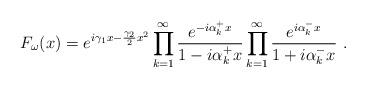
LaTeX: \begin{align*}F_{\omega}(x)=e^{i\gamma_1x-\frac{\gamma_2}{2}x^ 2}\prod_{k=1}^{\infty}\frac{e^{-i\alpha_k^+x}}{1-i\alpha_k^+x}\prod_{k=1}^{\infty}\frac{e^{i\alpha_k^-x}}{1+i\alpha_k^-x} \ .\end{align*}